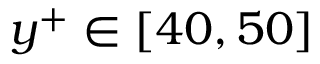
y ^ { + } \in [ 4 0 , 5 0 ]